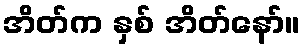
အိတ်က နှစ် အိတ်နော်။